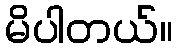
မိပါတယ်။